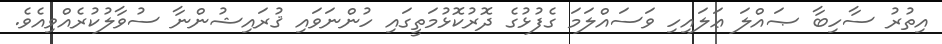
އިތުރު ސާހިބާ ޞައްލަ ޢަލައިހި ވަސައްލަމަ ގެފުޅުގެ ދޮރުކޮޅުމަތީގައި ހުންނަވައި ޤުރައިޝުންނާ ސުވާލުކުރެއްވިއެވެ.